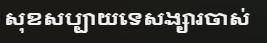
សុខសប្បាយទេសង្សារចាស់